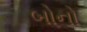
બોનો